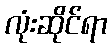
လုံးဆိုင်ရာ